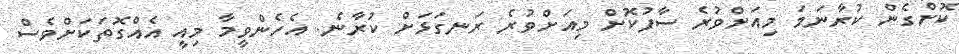
ކޮށްގެން ކުރާނަމަ މިއަށްވުރެ ސާފުކޮށް މިއަށްވުރެ ރަނގަޅަށް ކުރާނެ. އެހެންވީމާ މިއީ އެއްގޮތަކަށްވެސް